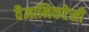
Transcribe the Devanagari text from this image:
वैज्ञानिकटेसी